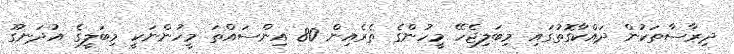
ދިރާސާތަކުން ދައްކާގޮތުގައި މިބަލިޖެހޭ މީހުންގެ ތެރެއިން 80 އިންސައްތަ މީހުންނަކީ މިބަލީގެ އުދަނގޫ